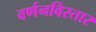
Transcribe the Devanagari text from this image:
वर्णनविस्तार